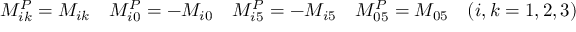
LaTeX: M _ { i k } ^ { P } = M _ { i k } \quad M _ { i 0 } ^ { P } = - M _ { i 0 } \quad M _ { i 5 } ^ { P } = - M _ { i 5 } \quad M _ { 0 5 } ^ { P } = M _ { 0 5 } \quad ( i , k = 1 , 2 , 3 )